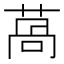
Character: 萵